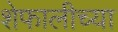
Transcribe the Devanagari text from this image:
शेफालीच्या